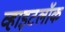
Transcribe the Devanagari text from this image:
व्हाइटलॉक